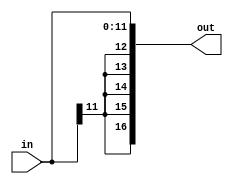
`timescale 1ns / 1ps

module sign_extend_5(input wire[11:0] in, output wire[16:0] out);

assign out = {{5{in[11]}},in};

endmodule